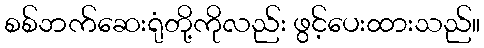
စစ်ဘက်ဆေးရုံတို့ကိုလည်း ဖွင့်ပေးထားသည်။